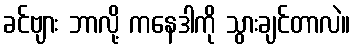
ခင်ဗျား ဘာလို့ ကနေဒါကို သွားချင်တာလဲ။